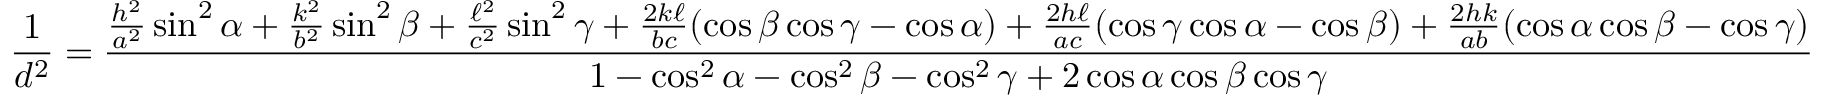
{ \frac { 1 } { d ^ { 2 } } } = { \frac { { \frac { h ^ { 2 } } { a ^ { 2 } } } \sin ^ { 2 } \alpha + { \frac { k ^ { 2 } } { b ^ { 2 } } } \sin ^ { 2 } \beta + { \frac { \ell ^ { 2 } } { c ^ { 2 } } } \sin ^ { 2 } \gamma + { \frac { 2 k \ell } { b c } } ( \cos \beta \cos \gamma - \cos \alpha ) + { \frac { 2 h \ell } { a c } } ( \cos \gamma \cos \alpha - \cos \beta ) + { \frac { 2 h k } { a b } } ( \cos \alpha \cos \beta - \cos \gamma ) } { 1 - \cos ^ { 2 } \alpha - \cos ^ { 2 } \beta - \cos ^ { 2 } \gamma + 2 \cos \alpha \cos \beta \cos \gamma } }